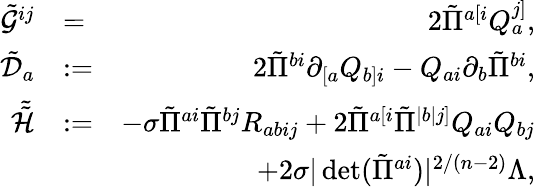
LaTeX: \begin{array}{rlr}{\tilde{\mathcal{G}}^{ij}}&{=}&{2\tilde{\Pi}^{a[i}Q_{a}^{j]},}\\ {\tilde{\mathcal{D}}_{a}}&{:=}&{2\tilde{\Pi}^{bi}\partial_{[a}Q_{b]i}-Q_{ai}\partial_{b}\tilde{\Pi}^{bi},}\\ {\tilde{\tilde{\mathcal{H}}}}&{:=}&{-\sigma\tilde{\Pi}^{ai}\tilde{\Pi}^{bj}R_{abij}+2\tilde{\Pi}^{a[i}\tilde{\Pi}^{|b|j]}Q_{ai}Q_{bj}}\\ &{}&{+2\sigma|\operatorname*{det}(\tilde{\Pi}^{ai})|^{2/(n-2)}\Lambda,}\end{array}